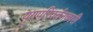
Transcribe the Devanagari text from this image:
युगपरिवर्तनकारी